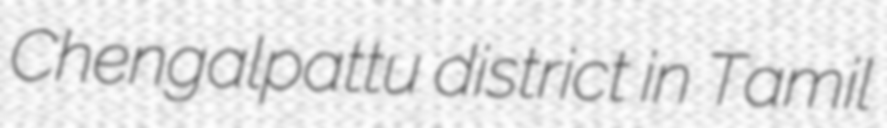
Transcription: Chengalpattu district in Tamil